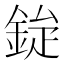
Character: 𮡿